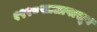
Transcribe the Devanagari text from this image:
१९९८सालापासून